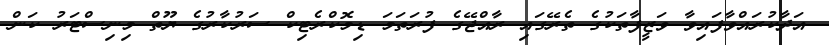
އަދާކުރައްވާފައިވާ ވަޒީފާތަކުގެ ތެރޭގައި ރާއްޖޭގެ ފުރަތަމަ ޑިމޮކްރެޓިކް ސަރުކާރުގެ ޔޫތް މިނިސްޓަރު ކަން